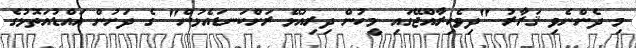
މި ދެންނެވި ޤަރާރު "ދިވެހިރާއްޖޭގައި މީހުން ދިރިއުޅޭ ރަށްކަނޑައެޅުން" ގެ ދަށުން އައްޑުއަތޮޅުގެ